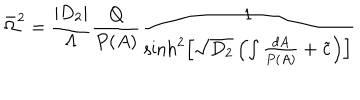
\bar { \Omega } ^ { 2 } = \frac { | D _ { 2 } | } { \Lambda } \frac { Q } { P ( A ) } \frac { 1 } { \sinh ^ { 2 } \left[ \sqrt { D _ { 2 } } \left( \int \frac { d A } { P ( A ) } + \tilde { c } \right) \right] }